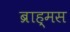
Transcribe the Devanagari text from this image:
ब्राह्मस